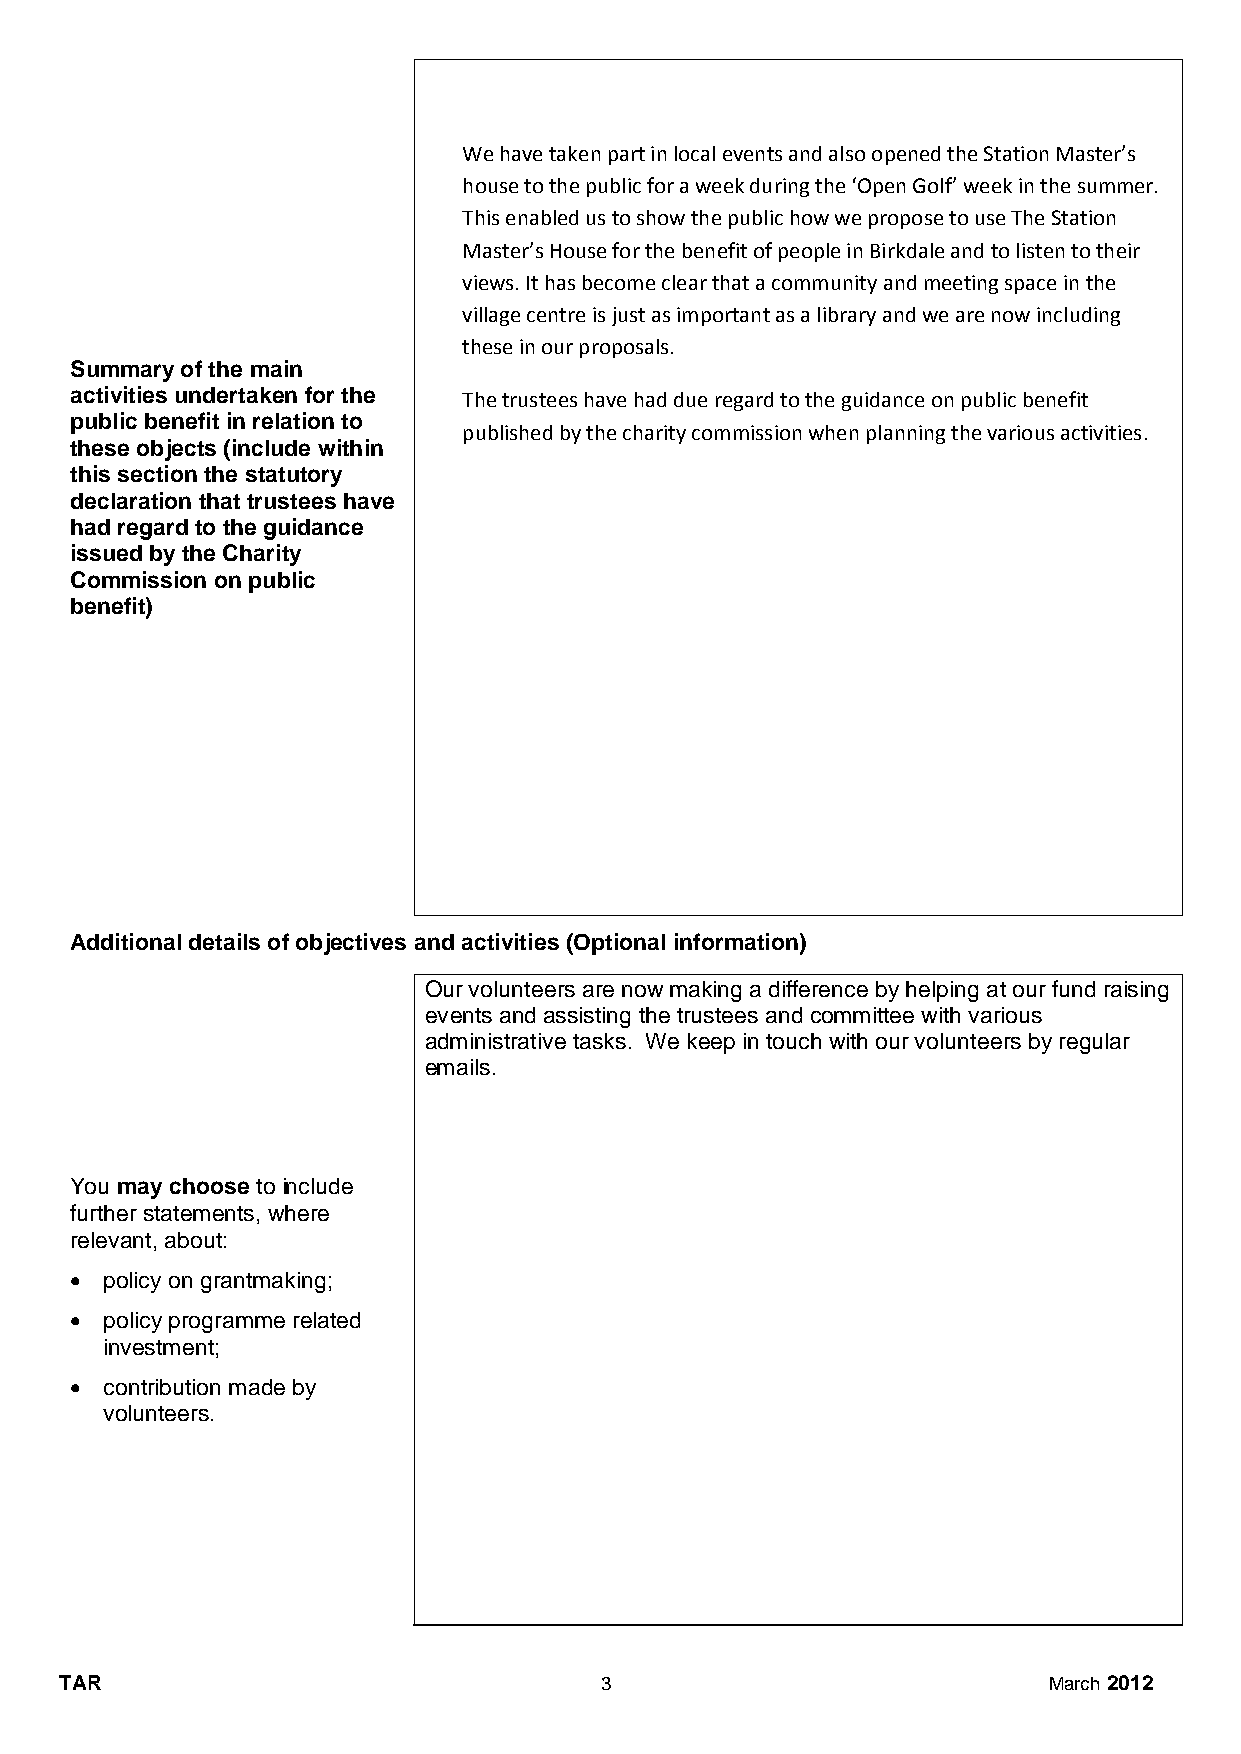
We have taken part in local events and also opened the Station Master’s
 house to the public for a week during the ‘Open Golf’ week in the summer.
 This enabled us to show the public how we propose to use The Station
 Master’s House for the benefit of people in Birkdale and to listen to their
 views. It has become clear that a community and meeting space in the
 village centre is just as important as a library and we are now including
 these in our proposals.
 Summary of the main
 activities undertaken for the The trustees have had due regard to the guidance on public benefit
 public benefit in relation to
 published by the charity commission when planning the various activities.
 these objects (include within
 this section the statutory
 declaration that trustees have
 had regard to the guidance
 issued by the Charity
 Commission on public
 benefit)
 Additional details of objectives and activities (Optional information)
 Our volunteers are now making a difference by helping at our fund raising
 events and assisting the trustees and committee with various
 administrative tasks. We keep in touch with our volunteers by regular
 emails.
 You may choose to include
 further statements, where
 relevant, about:
  policy on grantmaking;
  policy programme related
 investment;
  contribution made by
 volunteers.
 TAR                                 3                            March 2012